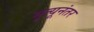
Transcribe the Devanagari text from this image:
मृुत्यूनंतर